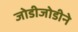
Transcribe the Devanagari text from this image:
जोडीजोडीने